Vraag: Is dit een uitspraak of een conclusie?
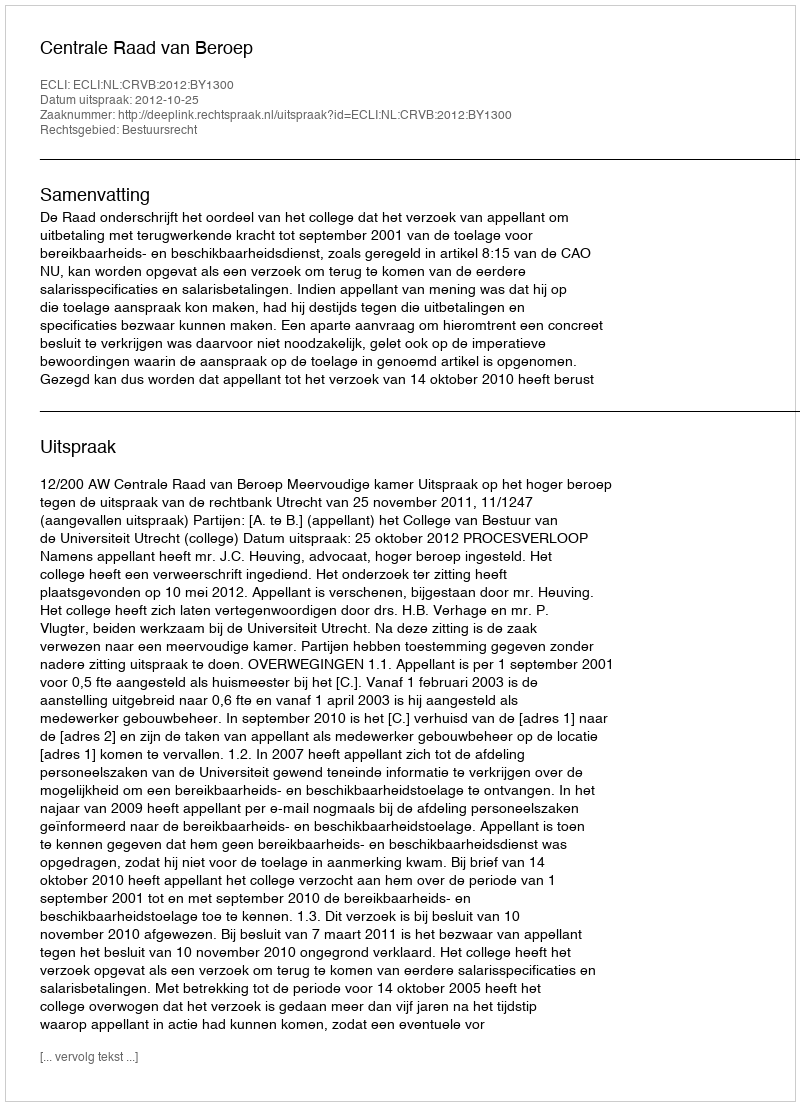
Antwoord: Uitspraak